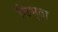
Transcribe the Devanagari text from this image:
निभृता